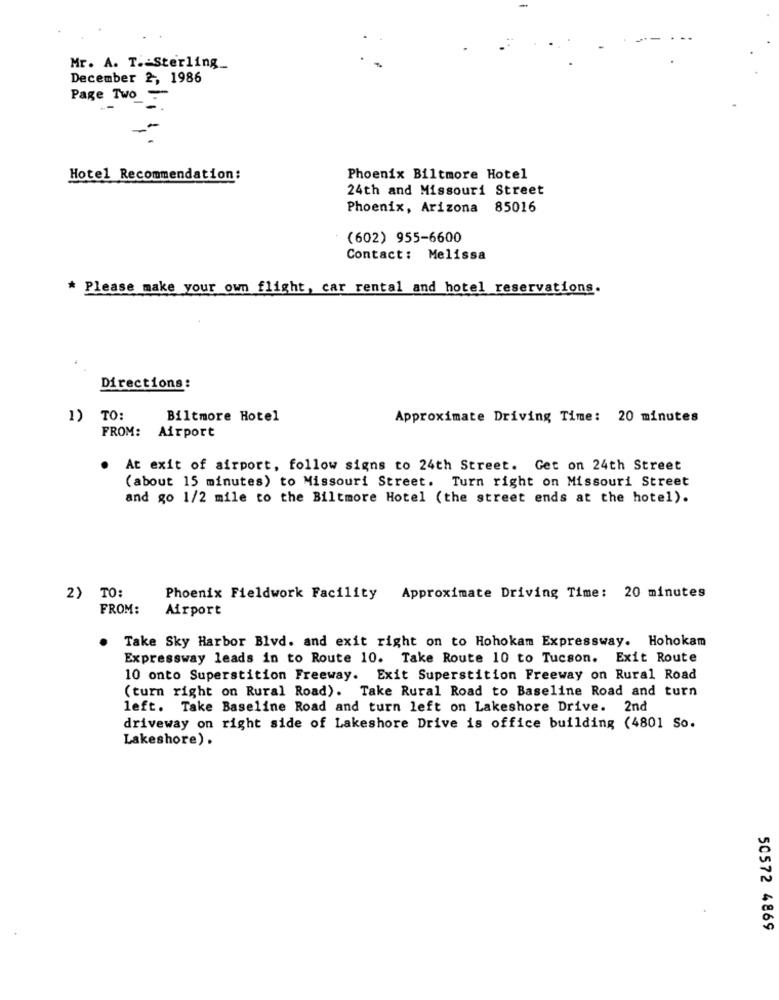
Mr. A. T. - Sterling_
December 2, 1986
Page Two_
-
Hotel Recommendation:
Phoenix Biltmore Hotel
24th and Missouri Street
Phoenix, Arizona 85016
(602) 955-6600
Contact: Melissa
* Please make your own flight, car rental and hotel reservations.
Directions:
1)
TO:
Biltmore Hotel
Approximate Driving Time: 20 minutes
FROM: Airport
At exit of airport, follow signs to 24th Street. Get on 24th Street
(about 15 minutes) to Missouri Street. Turn right on Missouri Street
and go 1/2 mile to the Biltmore Hotel (the street ends at the hotel).
2) TO:
Phoenix Fieldwork Facility
Approximate Driving Time: 20 minutes
FROM:
Airport
Take Sky Harbor Blvd. and exit right on to Hohokam Expressway. Hohokam
Expressway leads in to Route 10. Take Route 10 to Tucson. Exit Route
10 onto Superstition Freeway. Exit Superstition Freeway on Rural Road
(turn right on Rural Road). Take Rural Road to Baseline Road and turn
left. Take Baseline Road and turn left on Lakeshore Drive. 2nd
driveway on right side of Lakeshore Drive is office building (4801 So.
Lakeshore).
50572 4869